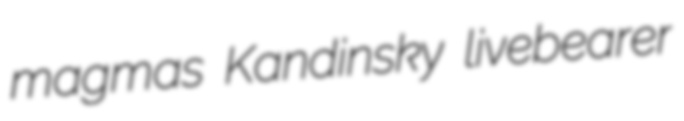
magmas Kandinsky livebearer